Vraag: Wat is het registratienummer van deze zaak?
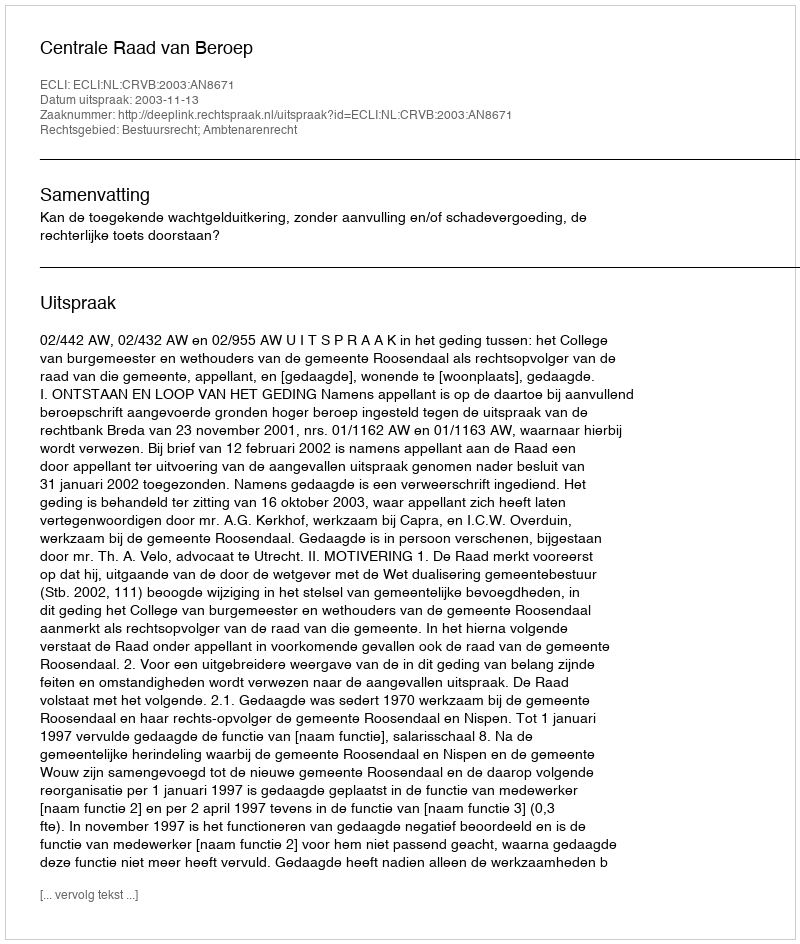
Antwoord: http://deeplink.rechtspraak.nl/uitspraak?id=ECLI:NL:CRVB:2003:AN8671